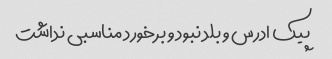
پیک ادرس و بلد نبود و برخورد مناسبی نداشت